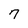
Character: 7